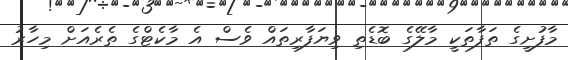
މާފުށީގެ ތަފާތަކީ މާލޭގެ ބޮޑެތި ވިޔަފާރިތައް ވެސް އެ މާކެޓްގެ ތެރެއަށް މިހާރު